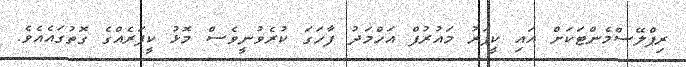
ރިޕްލޭސްމެންޓަކަށް އައި ކީޕަރު މައުރުފް އަހްމަދު ފާހަގަ ކުރެވުނީވެސް މޮޅު ކީޕަރެއްގެ ގޮތުގައެއެވެ.